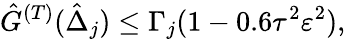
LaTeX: \hat{G}^{(T)}(\hat{\Delta}_{j})\leq\Gamma_{j}(1-0.6\tau^{2}\varepsilon^{2}),